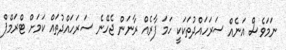
ނަމަވެސް އަނެއް ސަރަހައްދުތަކަކީ ހަމަ ފާރެއް ރާނަން ޖެހޭނެ ސަރަހައްދުތައް ކަމަށް ޓްރަމްޕް